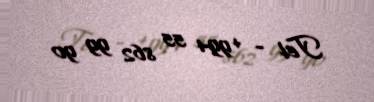
Tel - +994 55 862 99 90